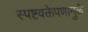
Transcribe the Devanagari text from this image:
स्पष्टवक्तेपणामुळे